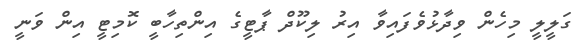
ގަލީލީ މިހެން ވިދާޅުވެފައިވާ އިރު ލިކޫދް ޕާޓީގެ އިންތިހާބީ ކޮމިޓީ އިން ވަނީ